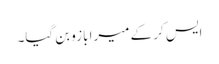
ایس کر کے میرا بازو بن گیا۔